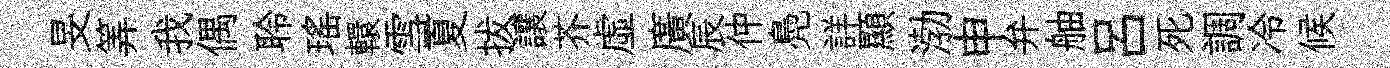
旻筭我偶聆瑤轘雪夏拔讓芥虚廣辰仲鳧詳顯渤申弁舳呂死調冷候